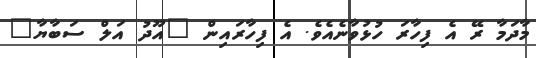
މާދަމާ ރޭ އެ ފިހާރަ ހުޅުވާނެއެވެ. އެ ފިހާރައިން "އޫދު އަލް ސަބާޔާ"